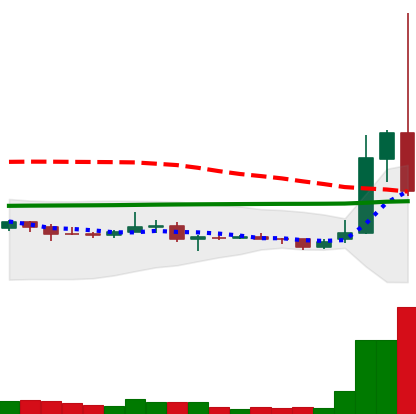
Ticker: XRP-USD
Chart end date: 2021-02-01
Forward return: 18.193%
Label: up_7plus